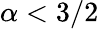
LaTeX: \alpha<3/2